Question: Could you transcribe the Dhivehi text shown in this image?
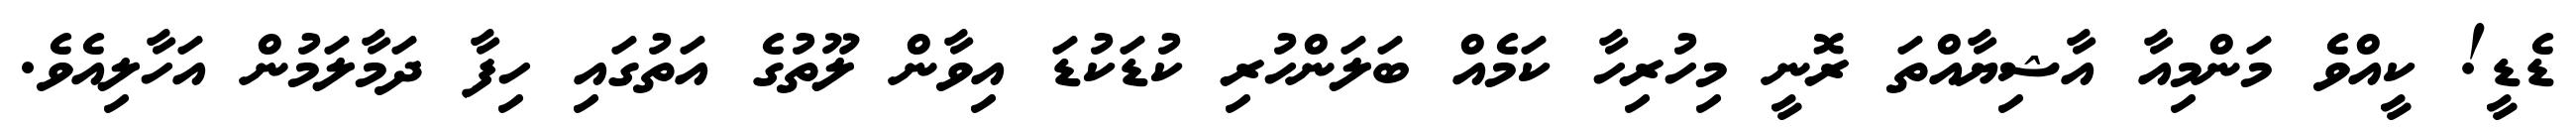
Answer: ޑެޑީ! ކީއްވެ މަންމިއާ އާޝިޔާއްތަ ރޮނީ މިހުރިހާ ކަމެއް ބަލަންހުރި ކުޑަކުޑަ އިވާން ލޫތުގެ އަތުގައި ހިފާ ދަމާލަމުން އަހާލިއެވެ.